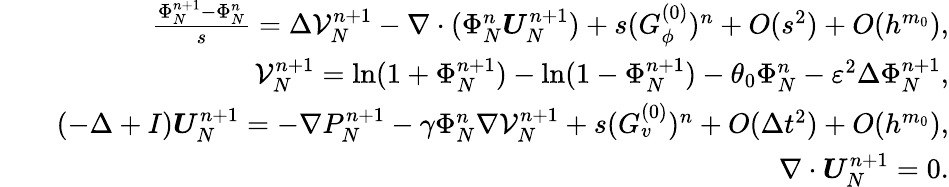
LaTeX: \begin{array}{rlr}&{}&{\frac{\Phi_{N}^{n+1}-\Phi_{N}^{n}}{s}=\Delta\mathcal{V}_{N}^{n+1}-\nabla\cdot(\Phi_{N}^{n}\boldsymbol{U}_{N}^{n+1})+s(G_{\phi}^{(0)})^{n}+O(s^{2})+O(h^{m_{0}}),}\\ &{}&{\mathcal{V}_{N}^{n+1}=\ln(1+\Phi_{N}^{n+1})-\ln(1-\Phi_{N}^{n+1})-\theta_{0}\Phi_{N}^{n}-\varepsilon^{2}\Delta\Phi_{N}^{n+1},}\\ &{}&{(-\Delta+I)\boldsymbol{U}_{N}^{n+1}=-\nabla P_{N}^{n+1}-\gamma\Phi_{N}^{n}\nabla\mathcal{V}_{N}^{n+1}+s(G_{v}^{(0)})^{n}+O(\Delta t^{2})+O(h^{m_{0}}),}\\ &{}&{\nabla\cdot\boldsymbol{U}_{N}^{n+1}=0.}\end{array}